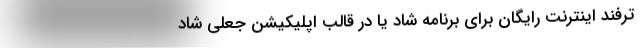
ترفند اینترنت رایگان برای برنامه شاد یا در قالب اپلیکیشن جعلی شاد